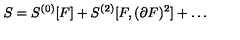
S = S ^ { ( 0 ) } [ F ] + S ^ { ( 2 ) } [ F , ( \partial F ) ^ { 2 } ] + \dots